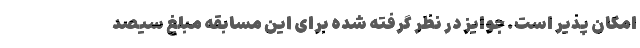
امکان پذیر است. جوایز در نظر گرفته شده برای این مسابقه مبلغ سیصد